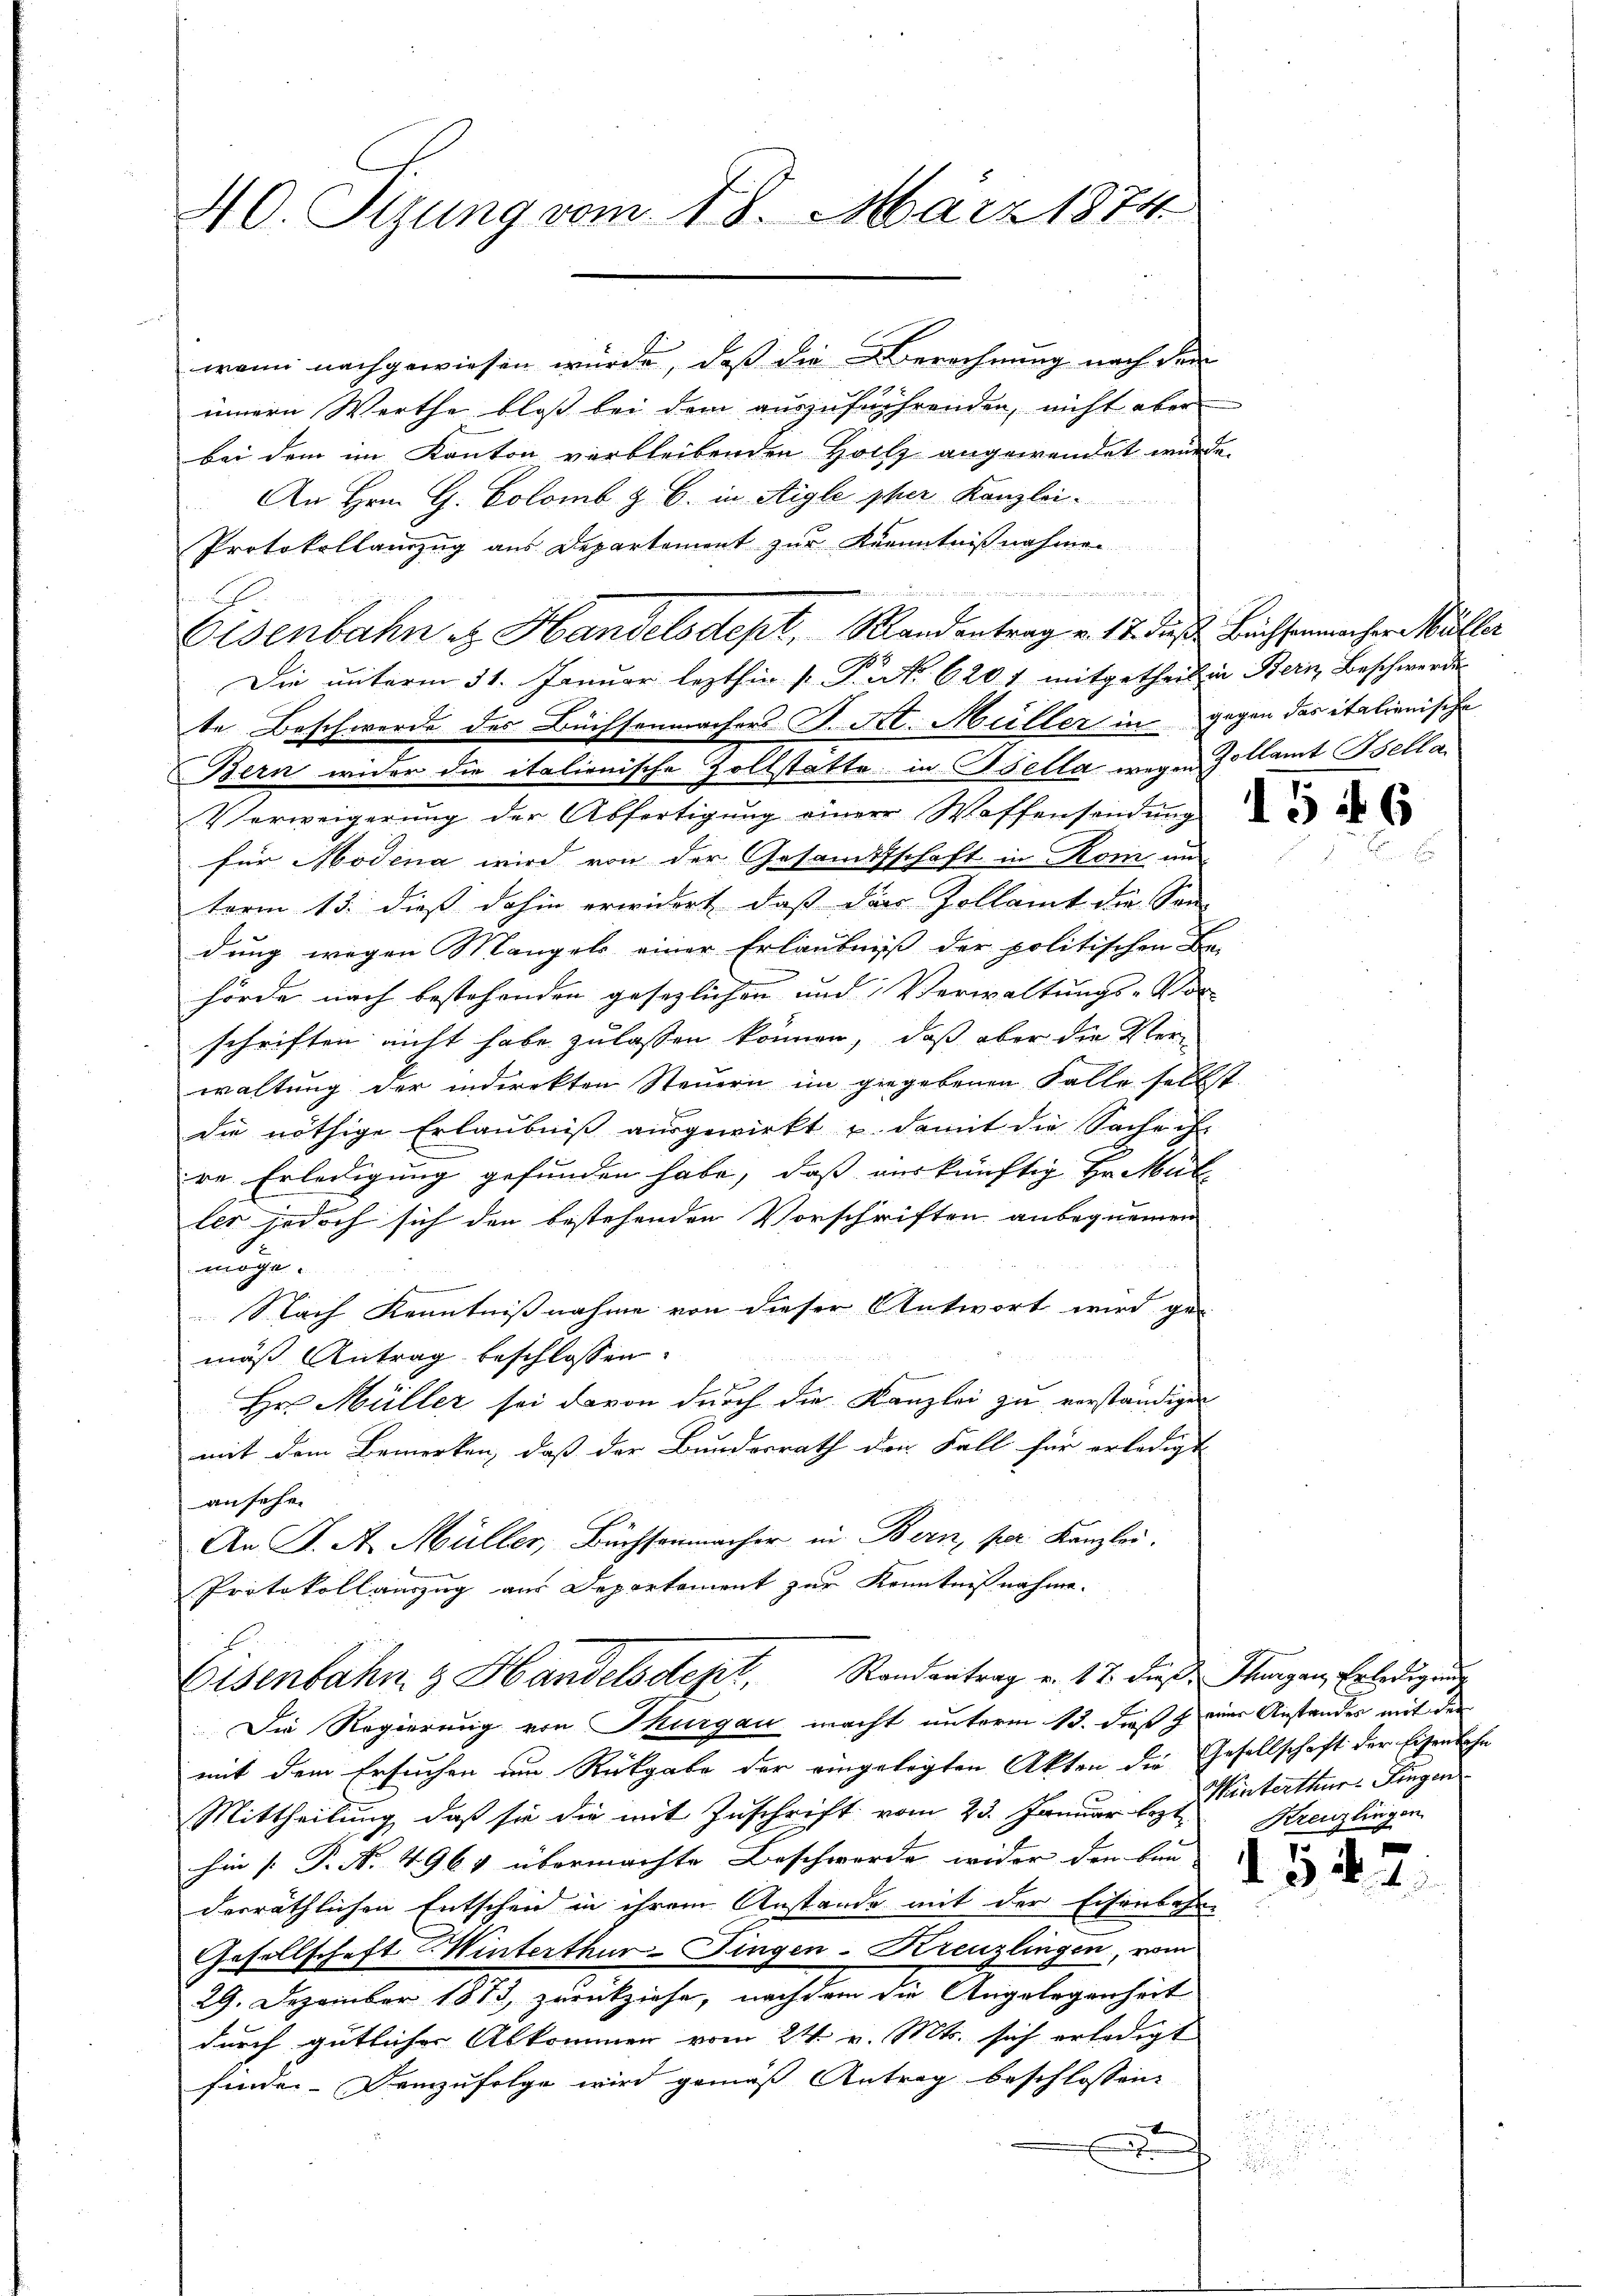
40. Sizung vom 18. März 1874

wann nachgewiesen würde, daß die Berechnung nach dem
innern Werthe bloß bei dem auszuführenden, nicht aber
bei dem im Kanton verbleibenden Holtz angewendet wurde.
An Hrn. G. Colomb z. B. in Aigle pher Kanzlei
Protokollauszug aus Departement zur Kenntnißnahme.
Die unterm 31. Januar lezthin [P.No. 6201 mitgetheil in Bern Beschwerde.
te Beschwerde des Büchsenmachers S. St. Müller in gegen das italienische
Bern wider die italienische Zollstatte in Bella wegen Zollamt Bella
Verweigerŭng der Abfertigŭng einer Waffensendŭng d
für Modena wird von der Gesandtschaft in Rom an
term 13. dieß dahin erwidert, daß der Zollamt die Son
dŭng wegen Mangels einer Erlaubniß der politischen Be-
hörde nach bestehenden gesezlichen und Verwaltungs-Vor-
schriften nicht habe zu lassen können, daß aber die Ver-
waltung der indirekten Steuern im gegebenen Falle selbst
die nöthige Erlaubniß ausgewirkt u. damit die Sache ihr
re Erledigung gefunden habe, daß auskünftig Hr. Mül
les jedoch sich den bestehenden Vorschriften anbequemen
möge.
Nach Kenntnißnahme von dieser Antwort wird ge-
2 f 0 x
mäß Antrag beschlossen:
Hr. Müller sei davon durch die Kanzlei zu verständiget
mit dem Bemerken, daß der Bundesrath den Fall für erledigt
ansehen
An K. A. Müller, Büchsenmacher in Bern, per Kanzlei,
Protokollauszug aus Departement zur Kenntnißnahme.

ehe der hier aus werden der
Eisenbahn u. Handelsdept, Randentrag v. 17. dieß Büchsenmacher Müller

Eisenbahn & Handelsdept. Randantrag v. 17. dieß Thungen, Erledigung

Die Regierung von Thurgau macht unterm 13. daß  einer Anstandes mit der
mit dem Ersuchen um Rückgabe der eingelegten Akten die Gesellschaft der Eisenbahn
Mittheilung, daß sie die mit Zuschrift vom 23. Januar l. J. interthur. Fingen
hin [P. N. 4964 übermachte Beschwerde wider den Bau- |
derräthlichen Entscheid in ihrem Anstande mit der Eisenbahre
Gesellschaft Winterthur-Fingen-Kreuzlingen, vom
29. Dezember 1873 zurückziehe, nachdem die Angelegenheit
durch gütlicher Abkommen vom 24. v. Mts. sich erledigt
finde. Demzufolge wird gemäß Antrag beschlossen:
x

Kreuzlingen

e

2